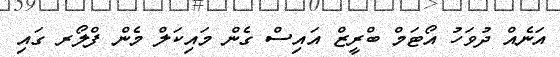
އަނެއް ދުވަހު އޯޓަމް ބްރީޒް އައިސް ގެން މައިކަލް މެން ފްލޯރ ގައި